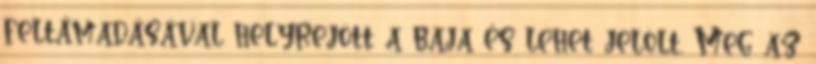
feltámadásával helyrejött a baja és lehet jelölt. Meg az